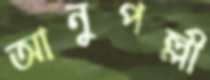
আনুপল্লী